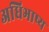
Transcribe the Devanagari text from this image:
अधिभाष्य